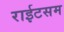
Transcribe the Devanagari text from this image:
राईटसम